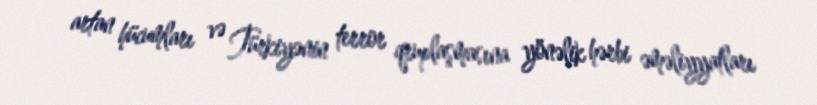
artan hücumları və Türkiyənin terror qruplaşmasına yönəlik hərbi əməliyyatları